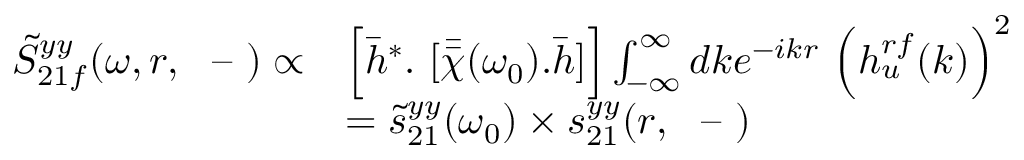
\begin{array} { r l } { \tilde { S } _ { 2 1 f } ^ { y y } ( \omega , r , ~ \textrm { -- } ) \propto } & { \Big [ \bar { h } ^ { * } . ~ [ \bar { \bar { \chi } } { ( \omega _ { 0 } ) } . \bar { h } ] \Big ] \int _ { - \infty } ^ { \infty } d k e ^ { - i k r } ~ \Big ( h _ { u } ^ { r f } ( k ) \Big ) ^ { 2 } } \\ & { = \tilde { s } _ { 2 1 } ^ { y y } ( \omega _ { 0 } ) \times s _ { 2 1 } ^ { y y } ( r , ~ \textrm { -- } ) } \end{array}